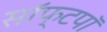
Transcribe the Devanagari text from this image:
सॉफ्टपॉ